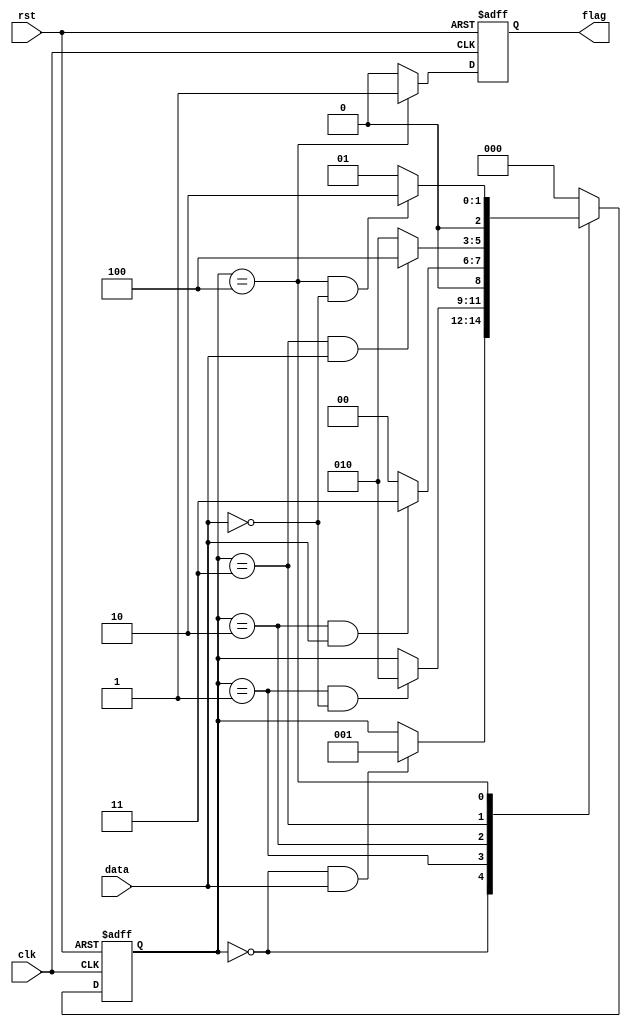
`timescale 1ns/1ns

module sequence_test2(
	input wire clk  ,
	input wire rst  ,
	input wire data ,
	output reg flag
);
//*************code***********//

parameter IDLE = 3'd0;
parameter S1 = 3'd1;
parameter S2 = 3'd2;
parameter S3 = 3'd3;
parameter S4 = 3'd4;
reg [2:0] state_c;
reg [2:0] state_n;
wire idl2s1_start;
wire s12s2_start;
wire s22s3_start;
wire s32s4_start;
wire s42s2_start;

//always(
always@(posedge clk or negedge rst)begin
    if(!rst)begin
        state_c <= IDLE;
    end
    else begin
        state_c <= state_n;
    end
end
                    
//always
always@(*)begin
    case(state_c)
        IDLE:begin
            if(idl2s1_start)begin
                state_n = S1;
            end
            else begin
                state_n = state_c;
            end
        end
        S1:begin
            if(s12s2_start)begin
                state_n = S2;
            end
            else begin
                state_n = state_c;
            end
        end
        S2:begin
            if(s22s3_start)begin
                state_n = S3;
            end
            else begin
                state_n = IDLE;
            end
        end
        S3:begin
            if(s32s4_start)begin
                state_n = S4;
            end
            else begin
                state_n = S2;
            end
        end
        S4:begin
            if(s42s2_start)begin
                state_n = S2;
            end
            else begin
                state_n = S1;
            end
        end
        default:begin
            state_n = IDLE;
        end
    endcase
end
                    
//
assign idl2s1_start  = state_c==IDLE &&  data == 1;
assign s12s2_start = state_c==S1    &&  data == 0;
assign s22s3_start  = state_c==S2    &&  data == 1;
assign s32s4_start  = state_c==S3    &&  data == 1;                  
assign s42s2_start  = state_c==S4    &&  data == 0;  
//always
always  @(posedge clk or negedge rst)begin
    if(!rst)begin
        flag <=1'b0;      //
    end
    else if(state_c==S4)begin
        flag <= 1'b1;
    end
    else begin
        flag <= 1'b0;
    end
end

//*************code***********//
endmodule